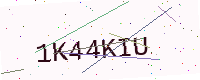
Text: 1K44KIU